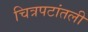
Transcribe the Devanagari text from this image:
चित्रपटांतली